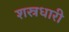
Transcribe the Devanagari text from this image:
शस्रधारी